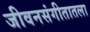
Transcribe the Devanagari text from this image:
जीवनसंगीतातला